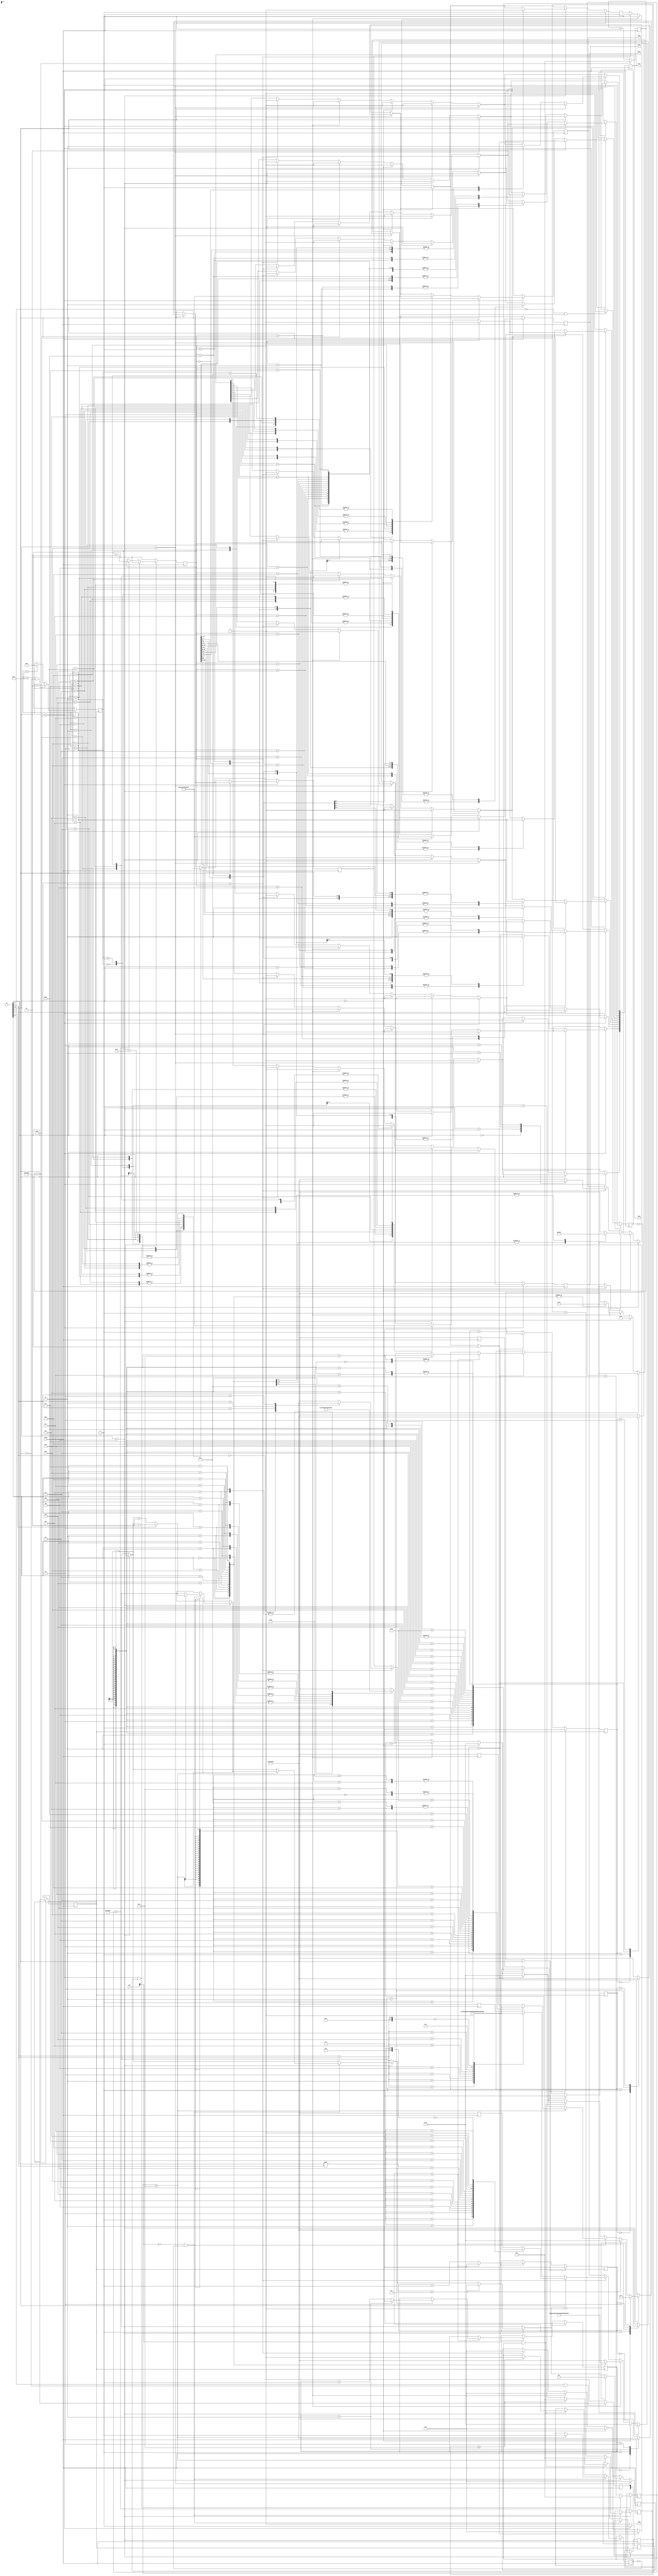
module L2C010(
	input [9:0]sw,
	input [3:0]key,
	input clock,
	output [9:0]ledr,
	output [7:0]ledg,
	output reg[6:0]hex3, hex2, hex1, hex0);
	
	reg[24:0] delay;
	reg[24:0] delay2;
	reg[24:0] delay3;
	reg[24:0] delay4;

	//various toggle and increament
	//variables
	reg signed [5:0]keyCount;
	reg tact = 1'b0;
	reg toggle = 1'b0;
	reg start = 1'b1;
	reg [3:0]last;
	reg first = 1'b0;
	reg fistScroll = 1'b1;
	reg increment = 4'b0001;

	//used for the module-3 counter
	reg[1:0] count;
	reg[1:0] count2;
	reg[1:0] count3;
	reg[1:0] count4;			
	reg[24:0] counter_24M;
	reg clk_1Hz = 1'b0;	
	
	//clock parameters
	reg initialStart = 1'b0;
	parameter COUNT_24M = 12000000;
	
	//assign ledg
	assign ledg[0] = tact;
	
	//selector for hello and red led
	integer numSel;
	integer LED_Select;
	
	//reset parameters
	reg firstTime = 1'b1;
	reg mylatch = 1'b0;
	
	//registers needed for the red LED's
	reg [9:0]LED_reg;
	assign ledr[0] = LED_reg[0];
	assign ledr[1] = LED_reg[1];
	assign ledr[2] = LED_reg[2];
	assign ledr[3] = LED_reg[3];
	assign ledr[4] = LED_reg[4];
	assign ledr[5] = LED_reg[5];
	assign ledr[6] = LED_reg[6];
	assign ledr[7] = LED_reg[7];
	assign ledr[8] = LED_reg[8];
	assign ledr[9] = LED_reg[9];
	parameter COUNT_LEDBLIP = 1335000;
	reg[24:0] counter_LEDBLIP;
	
//Create a 1Hz clock using the 24MHz clock.
always @(posedge clock) begin
		
		if(sw[9:5] == 5'b10000 && start == 1'b1)begin
			if(counter_LEDBLIP == COUNT_LEDBLIP)begin
				counter_LEDBLIP <= 0;
				LED_Select <= LED_Select + 1;
			end
			else begin 
				counter_LEDBLIP <= counter_LEDBLIP + 1;
			end
			if(LED_Select == 18) begin
				LED_Select <= 0;
			end
		end
		else begin
			LED_Select <= 0;
		end 
	
		if(counter_24M == COUNT_24M) begin
			counter_24M <= 0;
			clk_1Hz <= !clk_1Hz;
		end
		else begin
			counter_24M <= counter_24M + 1;	
		end
		if(sw[8] && !sw[0])begin		
			tact <= !clk_1Hz;
		end 
		else begin
			tact <= 1'b0;
		end
end
		


//Use the 1Hz clock
always @(posedge clk_1Hz)begin

	if(sw[9:5] == 5'b10000) begin
		start = 1'b1;
		if(numSel < 19 && !sw[0]) begin
			numSel <= numSel + 1;
		end
		else if(numSel == 19) begin
			numSel <= 0;
		end
	end
	else begin
		start = 1'b0;
		numSel <= 0;
	end
	
	//do the counting
	if(initialStart != 1'b1 || sw[0])begin
		count <= 2'b00;
		count2 <= 2'b00;
		count3 <= 2'b00;
		count4 <= 2'b00; 
	end
		else if(count == 2'b10)begin
			count <= 2'b00;
			if(count2 == 2'b10)begin
				count2 <= 2'b00;
					if(count3 == 2'b10) begin
						count3 <= 2'b00;
							if(count4 == 2'b10)begin
								count4 <= 2'b00;
							end
							else begin
								count4 <= count4 + 1;
							end
					end
					else begin
						count3 <= count3 + 1;
					end
			end
			else begin
				count2 <= count2 + 1;			
			end
		end
		else
			count <= count + 1;
end

always @ (posedge clock) begin

	//initial condition
	if (sw[9:5] == 5'b00000)begin
		keyCount = 4'b0000;
		firstTime = 1'b1;
		fistScroll = 1'b1;
		LED_reg[9:0] <= 0;
		display(16, hex3[6:0]); display(0, hex2[6:0]); 
		display(1, hex1[6:0]);  display(0, hex0[6:0]); 				
	end
	
	//Part 1: 
	else if(sw[9:5] == 5'b00001)begin
		keyCount = 4'b0000;
		firstTime = 1'b1;
		LED_reg[9:0] <= 0;
		case (sw[3:0])
			4'b0000: begin display(0, hex3[6:0]);display(0, hex2[6:0]);
						display(16, hex1[6:0]);display(0, hex0[6:0]);end
			4'b0001: begin display(0, hex3[6:0]);display(1, hex2[6:0]); 
		 				display(16, hex1[6:0]);display(1, hex0[6:0]);end
			4'b0010: begin display(0, hex3[6:0]);display(2, hex2[6:0]); 
		 				display(16, hex1[6:0]);display(2, hex0[6:0]);end
		  4'b0011: begin display(0, hex3[6:0]);display(3, hex2[6:0]); 
		 				display(16, hex1[6:0]);display(3, hex0[6:0]);end
		  4'b0100: begin display(0, hex3[6:0]);display(4, hex2[6:0]); 
		 				display(16, hex1[6:0]);display(4, hex0[6:0]);end
		  4'b0101: begin display(0, hex3[6:0]);display(5, hex2[6:0]); 
		 				display(16, hex1[6:0]);display(5, hex0[6:0]);end
		  4'b0110: begin display(0, hex3[6:0]);display(6, hex2[6:0]); 
		 				display(16, hex1[6:0]);display(6, hex0[6:0]);end
		  4'b0111: begin display(0, hex3[6:0]);display(7, hex2[6:0]); 
		 				display(16, hex1[6:0]);display(7, hex0[6:0]);end
		  4'b1000: begin display(0, hex3[6:0]);display(8, hex2[6:0]); 
		 				display(16, hex1[6:0]);display(8, hex0[6:0]);end
		  4'b1001: begin display(0, hex3[6:0]);display(9, hex2[6:0]); 
		 				display(16, hex1[6:0]);display(9, hex0[6:0]);end
		  4'b1010: begin display(1, hex3[6:0]);display(0, hex2[6:0]); 
		 				display(16, hex1[6:0]);display(10, hex0[6:0]);end
		  4'b1011: begin display(1, hex3[6:0]);display(1, hex2[6:0]); 
		 				display(16, hex1[6:0]);display(11, hex0[6:0]);end
		  4'b1100: begin display(1, hex3[6:0]);display(2, hex2[6:0]); 
		 				display(16, hex1[6:0]);display(12, hex0[6:0]);end
		  4'b1101: begin display(1, hex3[6:0]);display(3, hex2[6:0]); 
		 				display(16, hex1[6:0]);display(13, hex0[6:0]);end
		  4'b1110: begin display(1, hex3[6:0]);display(4, hex2[6:0]); 
		 				display(16, hex1[6:0]);display(14, hex0[6:0]);end
		  4'b1111: begin display(1, hex3[6:0]);display(5, hex2[6:0]); 
		 				display(16, hex1[6:0]);display(15, hex0[6:0]);end
			default:; //all possible states covered, so not needed...
		endcase
	end
	

	
	//Part 2: 
	else if(sw[9:5] == 5'b00010)begin
     keyCount = 4'b0000;
     firstTime = 1'b1;
     fistScroll = 1'b1;
     LED_reg[9:0] <= 0;
     
     //Do the addition of the two digits
     if(sw[0] == 1'b0)begin
				display(sw[4:3], hex3[6:0]);
				display(sw[2:1], hex2[6:0]);
				display(16, hex1[6:0]);
				display(sw[4:3] + sw[2:1], hex0[6:0]);
     end
      
     //Do the multiplication of the two digits
     else if(sw[0] == 1'b1)begin
				display(sw[4:3], hex3[6:0]);
				display(sw[2:1], hex2[6:0]);
				display(16, hex1[6:0]);
				display(sw[4:3] * sw[2:1], hex0[6:0]);
     end    
	end

	//Part 3: 
	if(sw[9:5] == 5'b00100) begin
		fistScroll = 1'b1;
		LED_reg[9:0] <= 0;
		
		display(16, hex0[6:0]);
		display(16, hex1[6:0]);
		display(16, hex3[6:0]);

	
	//Set equal to zero for the first time
	if(firstTime == 1'b1 || sw[0]) begin
		keyCount = 4'b0000;
		firstTime = 1'b0;
		display(keyCount, hex2[6:0]);	
	end
	
	//The counting process
	if(!key[2] && (mylatch == 1'b0)) begin
		if(delay2 >= 20) begin
			mylatch <= 1'b1;
			if(!sw[1]) begin
				keyCount = keyCount + 1;
			end
			else  begin
				keyCount = keyCount - 1;
			end
			display(keyCount, hex2[6:0]);
			delay2 <= 0;
		end
		else begin
			delay2 <= delay2 +1;
		end
	end
	else if(key[2] && (mylatch == 1'b1)) begin
		display(keyCount, hex2[6:0]);
		if(delay >= 20)begin 
			mylatch = 1'b0;
			delay <= 0;
		end
		else begin
			delay <= delay + 1;
		end
	end

	if(keyCount > 15)begin
		keyCount = 0;
		display(keyCount, hex2[6:0]);
	end
	if(keyCount < 0)begin
		keyCount = 15;
		display(keyCount, hex2[6:0]);
	end
end


	//Part 4: 
	if(sw[9:5] == 5'b01000)begin
		
		keyCount = 4'b0000;
		firstTime = 1'b1;
		fistScroll = 1'b1;
		LED_reg[9:0] <= 0;
		
			if(initialStart != 1'b1)begin
				initialStart <= 1'b1;
			end
		display(count4, hex3[6:0]);
		display(count3, hex2[6:0]);
		display(count2, hex1[6:0]);
		display(count, hex0[6:0]);
	end
		else if(!sw[8] || sw[0])begin
			initialStart <= 1'b0;
		end

	//Part 5
	if(sw[9:5] == 5'b10000)begin
		if(!sw[0]) begin
			case (numSel)					
			0:  begin display(16, hex3[6:0]);display(16, hex2[6:0]);
								display(16, hex1[6:0]);display(16, hex0[6:0]);end
			1:  begin display(16, hex3[6:0]);display(16, hex2[6:0]);
								display(16, hex1[6:0]);display(17, hex0[6:0]);end
			2:  begin display(16, hex3[6:0]);display(16, hex2[6:0]); 
								display(17, hex1[6:0]);display(18, hex0[6:0]);end
			3:  begin display(16, hex3[6:0]);display(17, hex2[6:0]); 
								display(18, hex1[6:0]);display(19, hex0[6:0]);end
			4:  begin display(17, hex3[6:0]);display(18, hex2[6:0]); 
								display(19, hex1[6:0]);display(19, hex0[6:0]);end
			5:  begin display(18, hex3[6:0]);display(19, hex2[6:0]); 
								display(19, hex1[6:0]);display(20, hex0[6:0]);end
			6:  begin display(19, hex3[6:0]);display(19, hex2[6:0]); 
								display(20, hex1[6:0]);display(16, hex0[6:0]);end
			7:  begin display(19, hex3[6:0]);display(20, hex2[6:0]); 
								display(16, hex1[6:0]);display(16, hex0[6:0]);end
			8:  begin display(20, hex3[6:0]);display(16, hex2[6:0]);
								display(16, hex1[6:0]);display(21, hex0[6:0]);end
			9:  begin display(16, hex3[6:0]);display(16, hex2[6:0]);
								display(21, hex1[6:0]);display(1, hex0[6:0]);	end
			10:  begin display(16, hex3[6:0]);display(21, hex2[6:0]); 
								display(1, hex1[6:0]);display(13, hex0[6:0]);	end
			11:  begin display(21, hex3[6:0]);display(1, hex2[6:0]);
								display(13, hex1[6:0]);display(16, hex0[6:0]);end	
			12:  begin display(1, hex3[6:0]);display(13, hex2[6:0]); 
								display(16, hex1[6:0]);display(0, hex0[6:0]);end
			13:  begin display(13, hex3[6:0]);display(16, hex2[6:0]); 
								display(0, hex1[6:0]);display(1, hex0[6:0]);end	
			14:  begin display(16, hex3[6:0]);display(0, hex2[6:0]); 
								display(1, hex1[6:0]);display(0, hex0[6:0]);end
			15:  begin display(0, hex3[6:0]);display(1, hex2[6:0]);
								display(0, hex1[6:0]);display(16, hex0[6:0]);end
			16:  begin display(1, hex3[6:0]);display(0, hex2[6:0]); 
								display(16, hex1[6:0]);display(16, hex0[6:0]);end
			17:  begin display(0, hex3[6:0]);display(16, hex2[6:0]); 
								display(16, hex1[6:0]);display(16, hex0[6:0]);end
			18:  begin display(16, hex3[6:0]);display(16, hex2[6:0]); 
								display(16, hex1[6:0]);display(16, hex0[6:0]);end
					 default: 			                               ; 
		endcase
		
		case (LED_Select)					
			0:  begin LED_reg[0] <= 1'b1; LED_reg[9:1] <= 1'b0;end
			1:  begin LED_reg[1] <= 1'b1;	LED_reg[9:2] <= 1'b0; LED_reg[0] <= 1'b0;end
			2:  begin LED_reg[2] <= 1'b1;	LED_reg[9:3] <= 1'b0; LED_reg[1:0] <= 1'b0;end
			3:  begin LED_reg[3] <= 1'b1;	LED_reg[9:4] <= 1'b0; LED_reg[2:0] <= 1'b0;end
			4:  begin LED_reg[4] <= 1'b1;	LED_reg[9:5] <= 1'b0; LED_reg[3:0] <= 1'b0;end
			5:  begin LED_reg[5] <= 1'b1;	LED_reg[9:6] <= 1'b0; LED_reg[4:0] <= 1'b0;end
			6:  begin LED_reg[6] <= 1'b1;	LED_reg[9:7] <= 1'b0; LED_reg[5:0] <= 1'b0;end
			7:  begin LED_reg[7] <= 1'b1;	LED_reg[9:8] <= 1'b0; LED_reg[6:0] <= 1'b0;end
			8:  begin LED_reg[8] <= 1'b1;	LED_reg[9:9] <= 1'b0; LED_reg[7:0] <= 1'b0;end
			9:  begin LED_reg[9] <= 1'b1;	LED_reg[8:0] <= 1'b0;end
			10: begin LED_reg[8] <= 1'b1;	LED_reg[9:9] <= 1'b0; LED_reg[7:0] <= 1'b0;end
			11: begin LED_reg[7] <= 1'b1;	LED_reg[9:8] <= 1'b0; LED_reg[6:0] <= 1'b0;end
			12: begin LED_reg[6] <= 1'b1;	LED_reg[9:7] <= 1'b0; LED_reg[5:0] <= 1'b0;end
			13: begin LED_reg[5] <= 1'b1;	LED_reg[9:6] <= 1'b0; LED_reg[4:0] <= 1'b0;end	
			14: begin LED_reg[4] <= 1'b1;	LED_reg[9:5] <= 1'b0; LED_reg[3:0] <= 1'b0;end
			15: begin LED_reg[3] <= 1'b1;	LED_reg[9:4] <= 1'b0; LED_reg[2:0] <= 1'b0;end
			16: begin LED_reg[2] <= 1'b1;	LED_reg[9:3] <= 1'b0; LED_reg[1:0] <= 1'b0;end
			17: begin LED_reg[1] <= 1'b1;	LED_reg[9:2] <= 1'b0; LED_reg[0] <= 1'b0;end
					default:  ;	
		endcase
		end
		
		//pause
		else if(sw[0]) begin
		end
		else if (sw[9:5] != 5'b10000) begin 
			LED_reg[9:0] <= 0;
		end
	
	end
//end always
end

	task display;
		input integer num;
		output reg[6:0]HEX;
		
		case (num)
			0:  begin HEX[6:0] = 7'b1000000; end
			1:  begin HEX[6:0] = 7'b1111001; end
			2:  begin HEX[6:0] = 7'b0100100; end
			3:  begin HEX[6:0] = 7'b0110000; end
			4:  begin HEX[6:0] = 7'b0011001; end
			5:  begin HEX[6:0] = 7'b0010010; end
			6:  begin HEX[6:0] = 7'b0000010; end
			7:  begin HEX[6:0] = 7'b1111000; end
			8:  begin HEX[6:0] = 7'b0000000; end
			9:  begin HEX[6:0] = 7'b0010000; end
			10: begin HEX[6:0] = 7'b0001000; end
			11: begin HEX[6:0] = 7'b0000011; end
			12: begin HEX[6:0] = 7'b1000110; end
			13: begin HEX[6:0] = 7'b0100001; end
			14: begin HEX[6:0] = 7'b0000110; end
			15: begin HEX[6:0] = 7'b0001110; end
			16: begin HEX[6:0] = 7'b1111111; end
			17: begin HEX[6:0] = 7'b0001001; end//H
			18: begin HEX[6:0] = 7'b0000110; end//E
			19: begin HEX[6:0] = 7'b1000111; end//L
			20: begin HEX[6:0] = 7'b1000000; end//O
			21: begin HEX[6:0] = 7'b1000110; end//C
			default: 			                 ; 
		endcase
	endtask 
endmodule